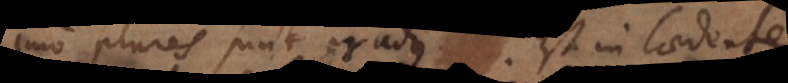
Imo plures sunt gradus. Est in laedente